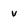
Character: v